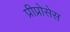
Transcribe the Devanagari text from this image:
प्रीप्रोसेस